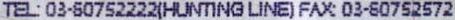
TEL:03-60752222(HUNTING LINE) FAX: 03-60752572